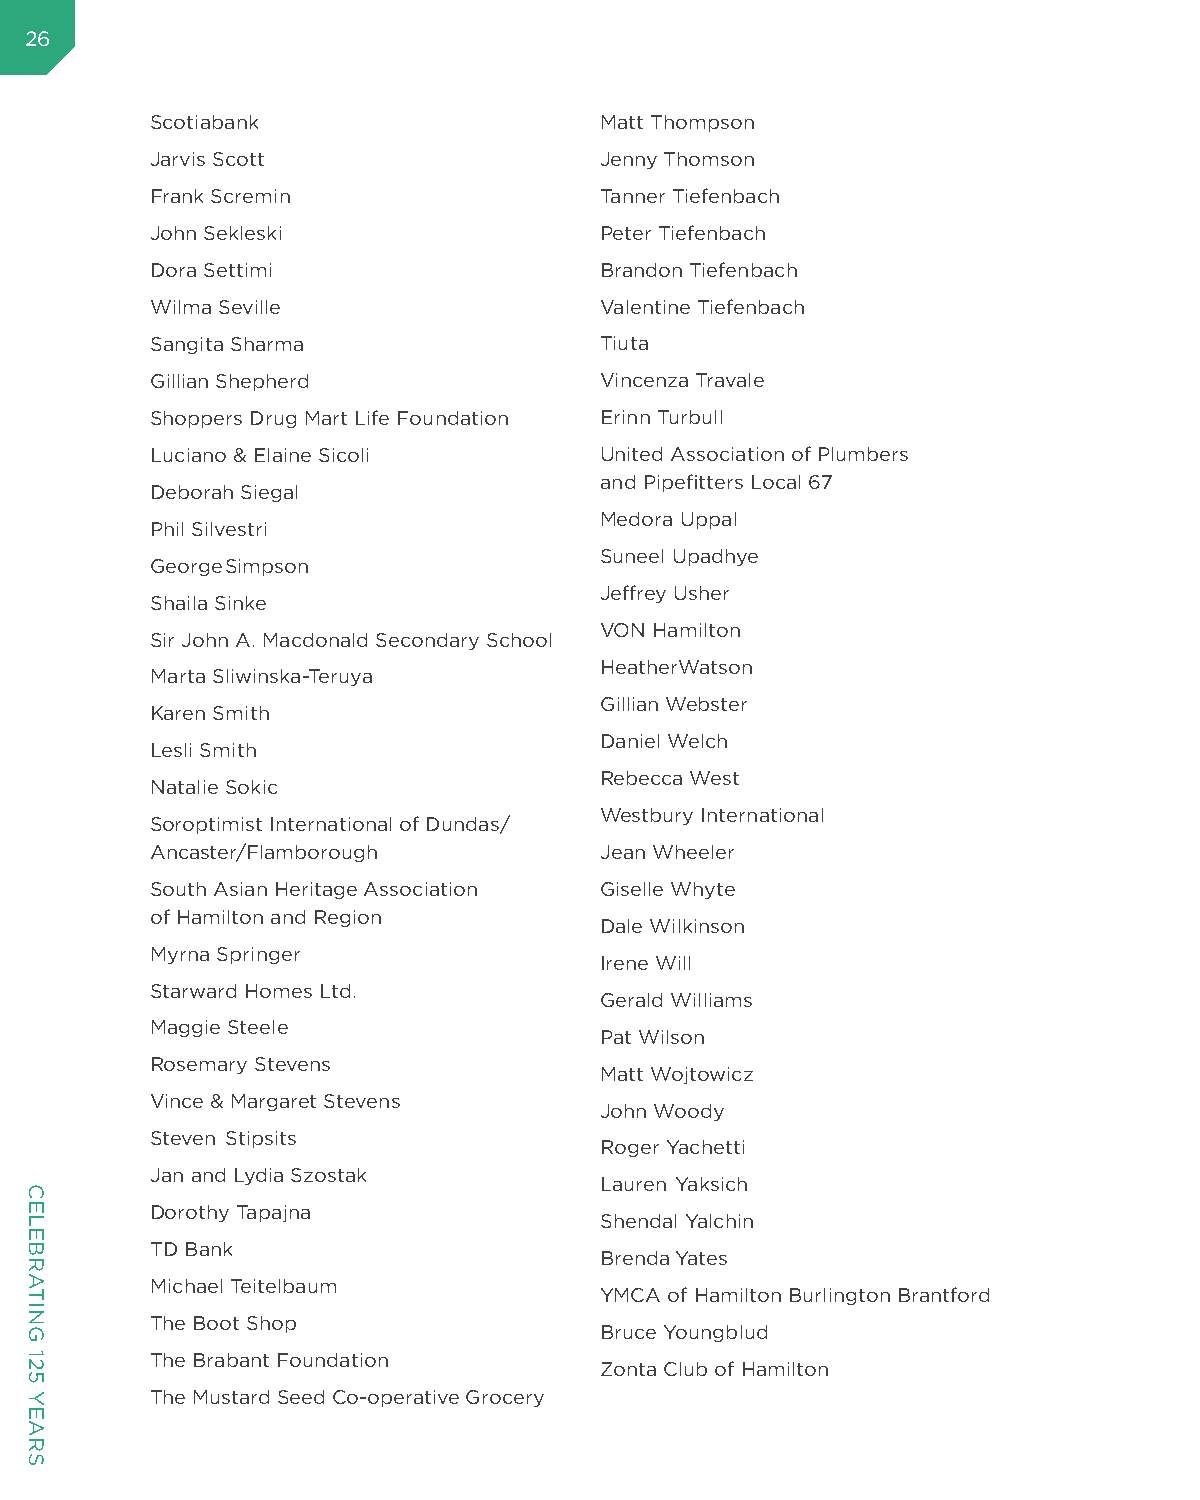
26
 Scotiabank                    Matt Thompson
 Jarvis Scott                  Jenny Thomson
 Frank Scremin                 Tanner Tiefenbach
 John Sekleski                 Peter Tiefenbach
 Dora Settimi                  Brandon Tiefenbach
 Wilma Seville                 Valentine Tiefenbach
 Sangita Sharma                Tiuta
 Gillian Shepherd              Vincenza Travale
 Shoppers Drug Mart Life Foundation Erinn Turbull
 Luciano & Elaine Sicoli       United Association of Plumbers
 and Pipefitters Local 67
 Deborah Siegal
 Medora Uppal
 Phil Silvestri
 Suneel Upadhye
 George Simpson
 Jeffrey Usher
 Shaila Sinke
 VON Hamilton
 Sir John A. Macdonald Secondary School
 HeatherWatson
 Marta Sliwinska-Teruya
 Gillian Webster
 Karen Smith
 Daniel Welch
 Lesli Smith
 Rebecca West
 Natalie Sokic
 Westbury International
 Soroptimist International of Dundas/
 Ancaster/Flamborough          Jean Wheeler
 South Asian Heritage Association Giselle Whyte
 of Hamilton and Region
 Dale Wilkinson
 Myrna Springer
 Irene Will
 Starward Homes Ltd.
 Gerald Williams
 Maggie Steele
 Pat Wilson
 Rosemary Stevens
 Matt Wojtowicz
 Vince & Margaret Stevens
 John Woody
 Steven Stipsits
 Roger Yachetti
 Jan and Lydia Szostak
 Lauren Yaksich
 Dorothy Tapajna
 Shendal Yalchin
 TD Bank
 Brenda Yates
 Michael Teitelbaum
 YMCA of Hamilton Burlington Brantford
 The Boot Shop
 Bruce Youngblud
 The Brabant Foundation
 Zonta Club of Hamilton
 The Mustard Seed Co-operative Grocery
 CELEBRATING
 125
 YEARS